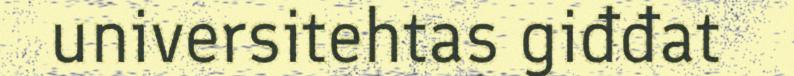
universitehtas giđđat